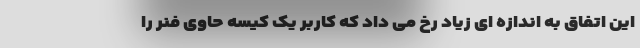
این اتفاق به اندازه ای زیاد رخ می داد که کاربر یک کیسه حاوی فنر را